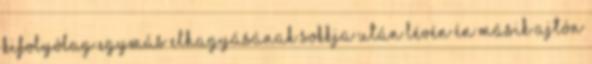
kifolyólag egymás elhagyásának sokkja után lévén én másik ajtón